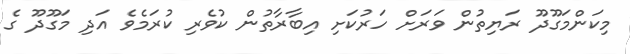
މިކަންމަގޫދޫ ރަޔިތުން ވަރަށް ހަރުކަށި އިބާރާތުން ކުވެރި ކުރަމެވެ އަދި މަގޫދޫ ގެ